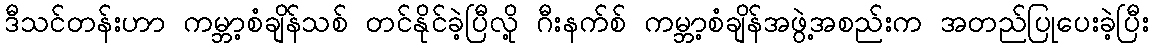
ဒီသင်တန်းဟာ ကမ္ဘာ့စံချိန်သစ် တင်နိုင်ခဲ့ပြီလို့ ဂီးနက်စ် ကမ္ဘာ့စံချိန်အဖွဲ့အစည်းက အတည်ပြုပေးခဲ့ပြီး